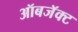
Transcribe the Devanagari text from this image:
ऑबजॅक्ट